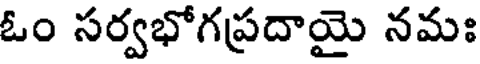
ఓం సర్వభోగప్రదాయై నమః